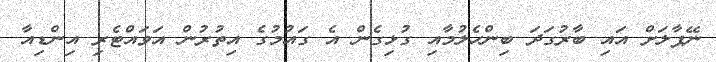
ނޭޕާލަށް އައި ބާރުގަދަ ބިންހެލުމާއި ގުޅިގެން އެ ގައުމުގެ އިތުރުން އަވައްޓެރި އިންޑިއާ